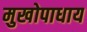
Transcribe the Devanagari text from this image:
मुखोपाधाय